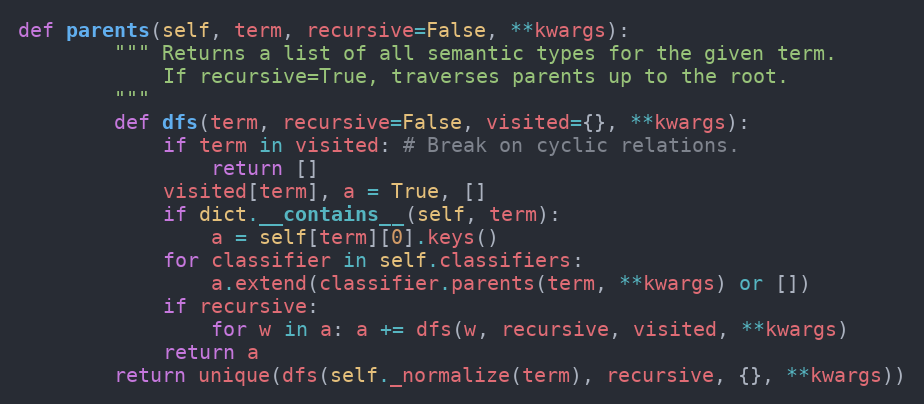
Language: Python
def parents(self, term, recursive=False, **kwargs):
        """ Returns a list of all semantic types for the given term.
            If recursive=True, traverses parents up to the root.
        """
        def dfs(term, recursive=False, visited={}, **kwargs):
            if term in visited: # Break on cyclic relations.
                return []
            visited[term], a = True, []
            if dict.__contains__(self, term):
                a = self[term][0].keys()
            for classifier in self.classifiers:
                a.extend(classifier.parents(term, **kwargs) or [])
            if recursive:
                for w in a: a += dfs(w, recursive, visited, **kwargs)
            return a
        return unique(dfs(self._normalize(term), recursive, {}, **kwargs))